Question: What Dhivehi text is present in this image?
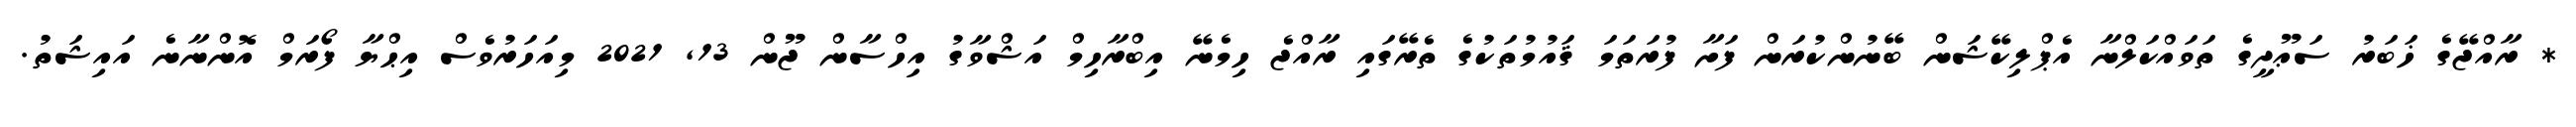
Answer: * ރާއްޖޭގެ ޚަބަރު ސަޢޫދީގެ ތަވައްކަލްނާ އެޕްލިކޭޝަން ބޭނުންކުރަން ފަށާ ފުރަތަމަ ޤައުމުތަކުގެ ތެރޭގައި ރާއްޖެ ހިމެނޭ އިބްރާހިމް އަޝްވާގު އިހްސާން ޖޫން 13, 2021 މިއަހަރުވެސް އިޙްޔާ ފޯރަމް އޮންނާނެ އައިޝަތު.